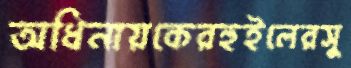
অধিনায়কেরহুইলেরসু